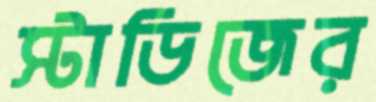
স্টাডিজের